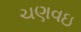
ચણવઇ